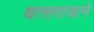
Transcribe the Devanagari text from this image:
वत्सराजाने